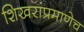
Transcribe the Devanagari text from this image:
शिखरांप्रमाणेच